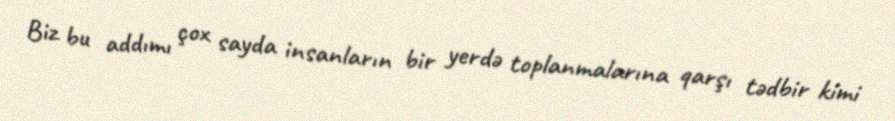
Biz bu addımı çox sayda insanların bir yerdə toplanmalarına qarşı tədbir kimi